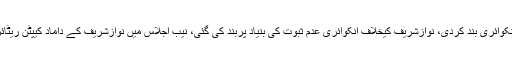
20 جون 2018ء) : نیب نے سابق وزیراعظم نواز شریف کیخلاف خوشحال پاکستان اسکیم انکوائری بند کردی، نوازشریف کیخلاف انکوائری عدم ثبوت کی بنیاد پربند کی گئی، نیب اجلاس میں نوازشریف کے داماد کیپٹن ریٹائرڈ صفدراور امیر مقام کیخلاف آمدن سے زائد اثاثوں کی انکوائری کی منظوری دے دی ہے۔